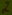
Text: 2